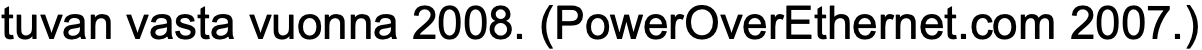
tuvan vasta vuonna 2008. (PowerOverEthernet.com 2007.)